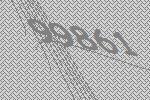
99861